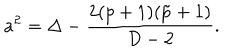
a ^ { 2 } = \Delta - { \frac { 2 ( p + 1 ) ( \tilde { p } + 1 ) } { D - 2 } } .